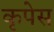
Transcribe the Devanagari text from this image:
कृपेस